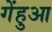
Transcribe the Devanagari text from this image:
गेंहुआ